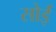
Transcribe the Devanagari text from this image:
सोईं